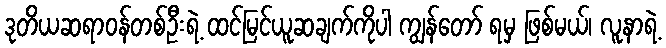
ဒုတိယဆရာဝန်တစ်ဦးရဲ့ ထင်မြင်ယူဆချက်ကိုပါ ကျွန်တော် ရမှ ဖြစ်မယ်၊ လူနာရဲ့